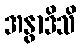
အနွာဒိသိ